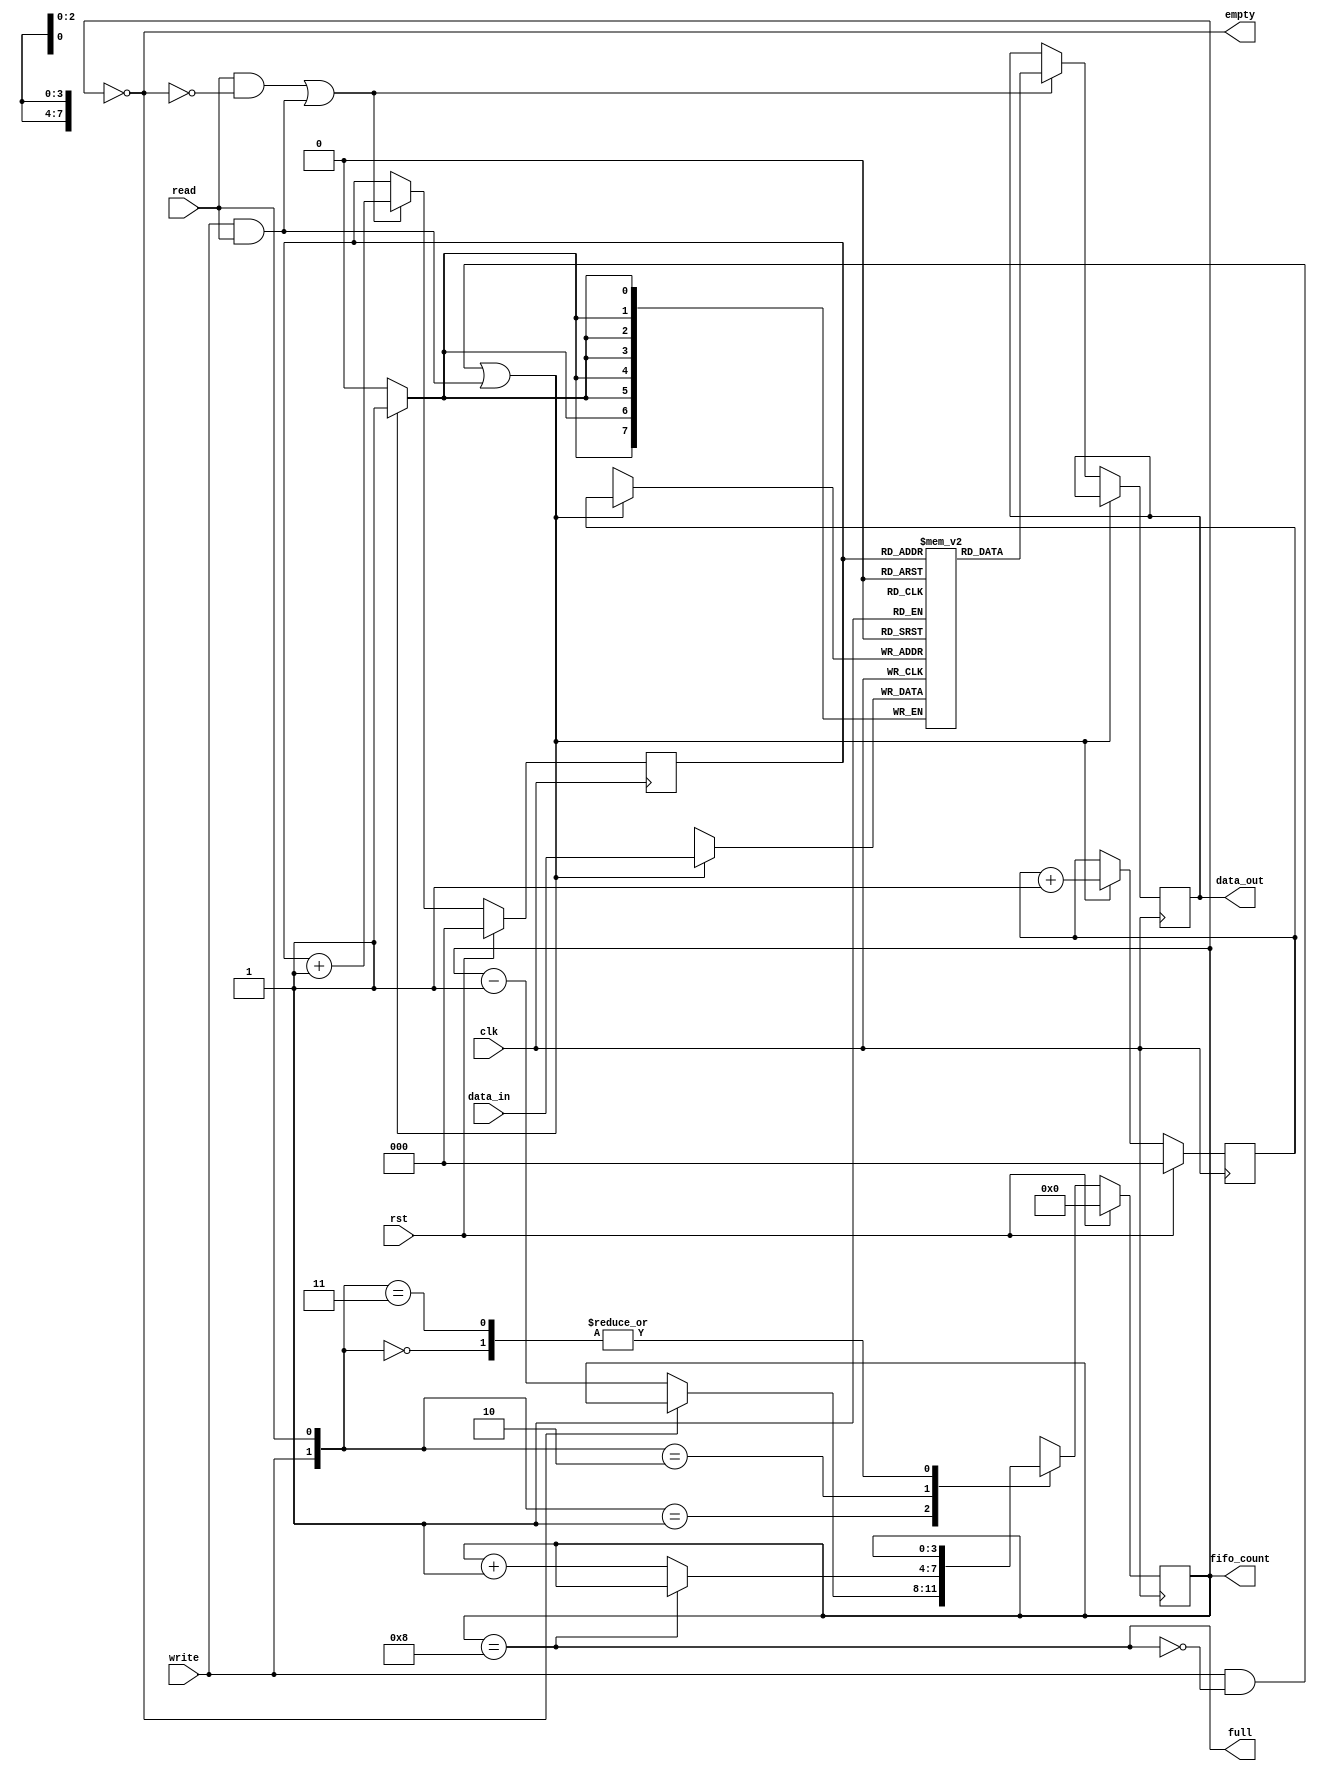
`timescale 1ns / 1ps
`define DATA_WIDTH 8
`define PTR_SIZE 3
`define DEPTH 8

module SYNC_FIFO(input [`DATA_WIDTH-1:0] data_in, input clk, rst, write, read,
                 output full, empty, output reg [3:0] fifo_count, output reg [`DATA_WIDTH-1:0] data_out);

reg [`PTR_SIZE-1:0] write_ptr, read_ptr;
reg [`DATA_WIDTH-1:0] FIFO_RAM [`DEPTH-1:0];


assign full = (fifo_count==`DEPTH);
assign empty = (fifo_count==0);

//write_pointer & read_pointer operation
always@(posedge clk) 
begin
if(rst) begin
write_ptr <= 0;
read_ptr <= 0; end
else begin
write_ptr <= ((write && (!full)) || (write && read))? write_ptr+1 : write_ptr;
read_ptr <= ((read && (!empty)) || (write && read))? read_ptr+1 : read_ptr;
end
end

always@(posedge clk)
begin
if((write && (!full)) || (write && read)) begin
FIFO_RAM[write_ptr] <= data_in;end
else if((read && (!empty)) || (write && read)) begin
data_out <= FIFO_RAM[read_ptr]; end
end

always@(posedge clk)
begin
if(rst) begin
fifo_count<= 0; end
else begin
case({write,read})
2'b00: fifo_count <= fifo_count;
2'b01: fifo_count <= (fifo_count==0)? fifo_count : fifo_count-1 ;
2'b10: fifo_count <= (fifo_count==`DEPTH)? fifo_count : fifo_count+1 ;
2'b11: fifo_count <= fifo_count;
default: fifo_count <= fifo_count;
endcase
end
end

endmodule